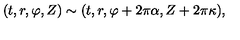
( t , r , \varphi , Z ) \sim ( t , r , \varphi + 2 \pi \alpha , Z + 2 \pi \kappa ) ,